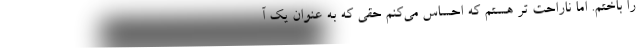
را باختم. اما ناراحت تر هستم که احساس می‌کنم حقی که به عنوان یک آ